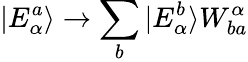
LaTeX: |E_{\alpha}^{a}\rangle\rightarrow\sum_{b}|E_{\alpha}^{b}\rangle W_{ba}^{\alpha}